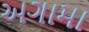
અગામા